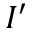
I ^ { \prime }